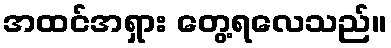
အထင်အရှား တွေ့ရလေသည်။